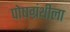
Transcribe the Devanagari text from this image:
पोषग्रंथीला